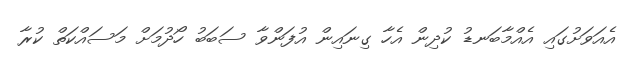
އެއަވަށުގައި އެއްމާބަނޑު ކުދިން އެހާ ގިނައިން އުފަންވާ ސަބަބު ހޯދުމަށް މަސައްކަތް ކުރާ